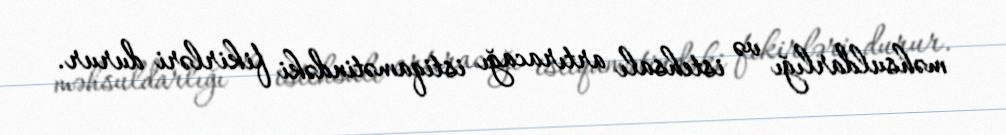
məhsuldarlığı və istehsalı artıracağı istiqamətindəki fikirləri durur.